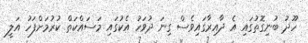
ހޫދު ބުނިގޮތުގައި އެ ދާއިރާގައިވެސް ގިނަ ދުވަހު އެކުގައި މަސައްކަތް ކުރުމަށްފަހު އަލީ